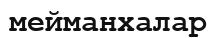
мейманхалар